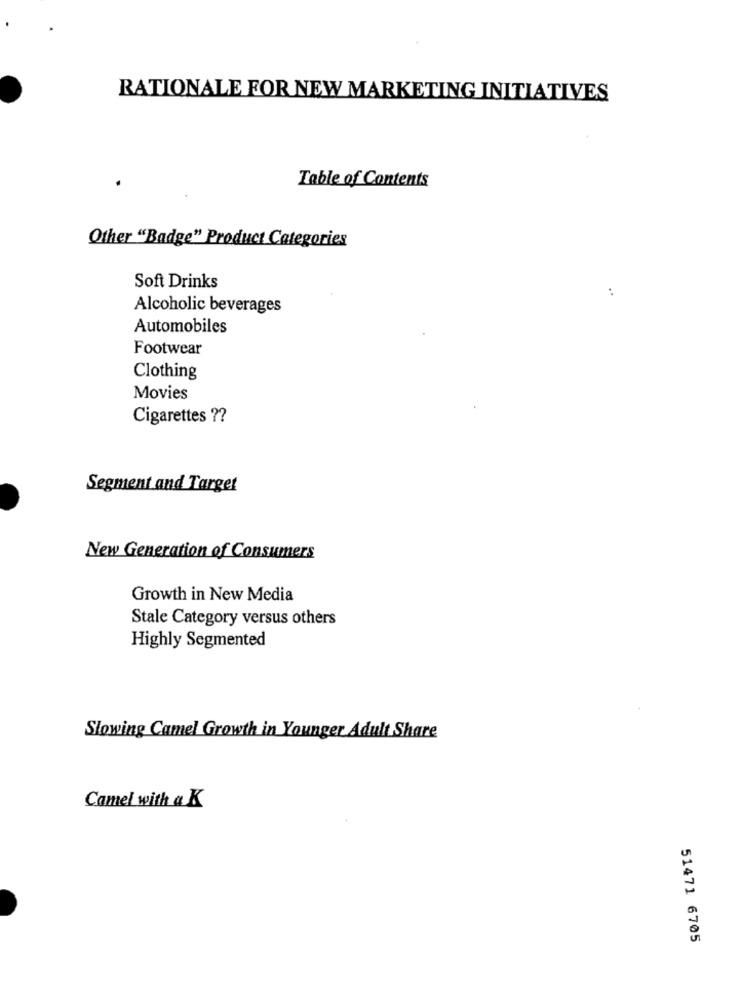
RATIONALE FOR NEW MARKETING INITIATIVES
Table of Contents
Other "Badge" Product Categories
Soft Drinks
..
Alcoholic beverages
Automobiles
Footwear
Clothing
Movies
Cigarettes ??
Segment and Target
New Generation of Consumers
Growth in New Media
Stale Category versus others
Highly Segmented
Slowing Camel Growth in Younger Adult Share
Camel with a K
51471 6705